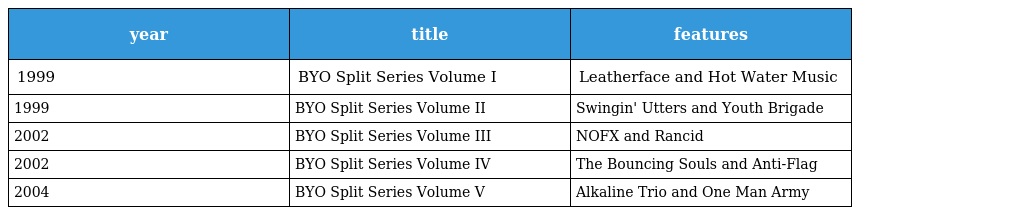
| year | title | features |
 | --- | --- | --- |
 | 1999 | BYO Split Series Volume I | Leatherface and Hot Water Music |
 | 1999 | BYO Split Series Volume II | Swingin' Utters and Youth Brigade |
 | 2002 | BYO Split Series Volume III | NOFX and Rancid |
 | 2002 | BYO Split Series Volume IV | The Bouncing Souls and Anti-Flag |
 | 2004 | BYO Split Series Volume V | Alkaline Trio and One Man Army |